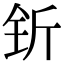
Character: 𬬱